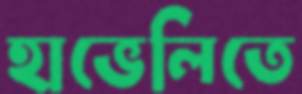
হাভেলিতে